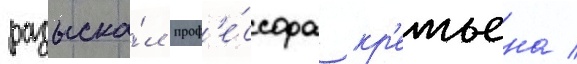
разыска́л проф'е́ссора кр'етьена /